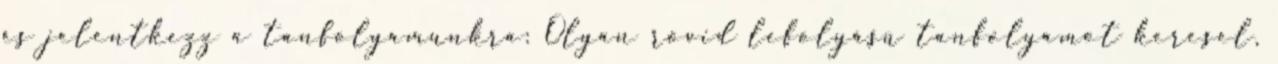
és jelentkezz a tanfolyamunkra: Olyan rövid lefolyású tanfolyamot keresel,